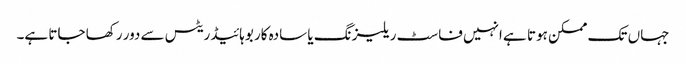
جہاں تک ممکن ہوتا ہے انہیں فاسٹ ریلیزنگ یا سادہ کاربوہائیڈریٹس سے دور رکھا جاتا ہے۔